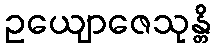
ဥယျောဇေသုန္တိ